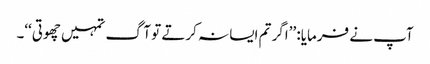
آپ نے فرمایا: ’’اگر تم ایسا نہ کرتے تو آگ تمہیں چھوتی‘‘۔